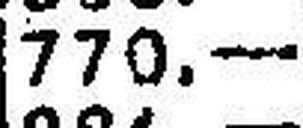
770.—